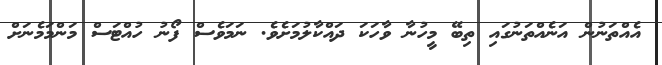
އެއްތަނުން އަނެއްތަނުގައި ތިބޭ މީހުނާ ވާހަކަ ދައްކާލުމަށެވެ. ނަމަވެސް ފޯނު ހުއްޓަސް މަންމަމެނަށް